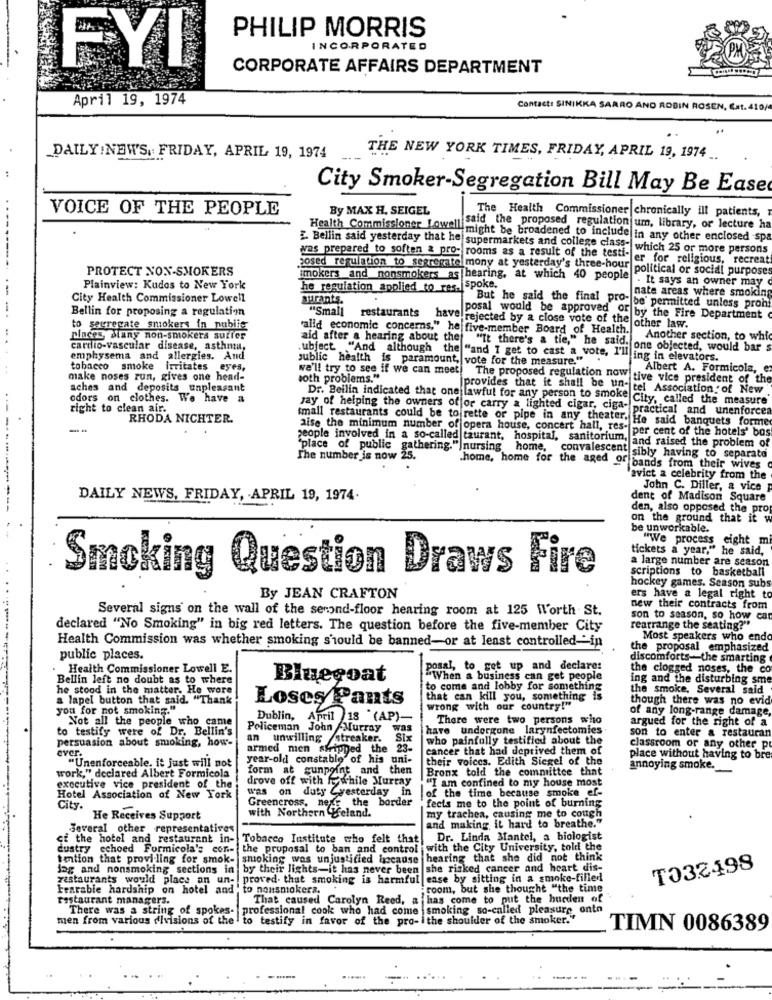
PHILIP MORRIS
INCORPORATED
FYI
CORPORATE AFFAIRS DEPARTMENT
April 19, 1974
Contact: SINIKKA SARRO AND ROBIN ROSEN, Ext. 410/
DAILY INEW'S, FRIDAY, APRIL 19, 1974
THE NEW YORK TIMES, FRIDAY, APRIL 19, 1974 ..
City Smoker-Segregation Bill May Be Ease
..
VOICE OF THE PEOPLE
By MAX H. SEIGEL
The Health Commissioner chronically ill patients,
Health Commissioner Lowe" said the proposed regulation um, library, or lecture ha
imight be broadened to include in any other enclosed spa
----
£. Bellin said yesterday that he supermarkets and college class-| which 25 or more persons
was prepared to soften & pro- rooms as a result of the testi- er for religious, recreat
PROTECT NON-SMOKERS
posed regulation to segregate mony at yesterday's three-hour
political or social purposes
imokers and nonsmokers as hearing, at which 40 people
. It says an owner may
-
Plainview: Kudos to New York
he regulation applied to_res. spoke.
nate areas where smoking
City Health Commissioner Lowell
aurants.
-
Bellin for proposing a regulati-m
"Small
But he said the final pro- be' permitted unless pron
restaurants have rejected by a close vote of thelo
posal would be approved OF by the Fire Department
to segregate smokers in nubiig
"alld economic concerns," he five-member Board of Health other law.
places Many non-smokers surfer
Another section, to whic
cardio-vascular disease, asthma,
aid after a hearing about the "It there's a tie," he said. one objected, would bar s
emphysema and allergies. And
public health is paramount, vote for the measure."
.ubject "And although the "and I get to cast a vote, I'll ing in elevators.
..
tobacco smoke irritates
eyes,
we'll try to see if we can meet!
Albert A. Formicola, e
make noses run, gives one head-
soth problems."
The proposed regulation now tive vice president of the
aches and deposits unpleasant
provides that it shall be un- tel Association of New
odors on clothes. We have a
Dr. Beilin indicated that one lawful for any person to smoke City, called the measure
right to clean air.
yay of helping the owners of or carry a lighted cigar, cisa- practical and unenforce
RHODA NICHTER.
small restaurants could be to rette or pipe in any theater. He said banquets forme
aise the minimum number of opera house, concert hall, res" per cent of the hotels' bos
"place of public gathering."]nursing
people involved in a so-called taurant, hospital, sanitorium, and raised the problem of
The number is now 25.
home, convalescent sibly having to separate
.home, home for the aged of bands from their wives
avict a celebrity from the
John C. Diller, a vice
DAILY NEWS, FRIDAY, APRIL 19, 1974.
dent of Madison Square
--------------
den, also opposed the pro
on the ground that it w
be unworkable.
"We process eight m
tickets a year," he said,
a large number are season
Smoking Question Draws Fire
scriptions to basketball
hockey games. Season subs
By JEAN CRAFTON
ers have a legal right to
Several signs on the wall of the second-floor hearing room at 125 Worth St.
new their contracts from
son to season, so how can
declared "No Smoking" in big red letters. The question before the five-member City
rearrange the seating?"
Health Commission was whether smoking s'would be banned-or at least controlled-in
Most speakers who end
the proposal emphasized
public places.
discomforts-the smarting
Health Commissioner Lowell E.
posal, to get up and declare:
the clogged noses, the co
Bellin left no doubt as to where
Bluecoat
"When a business can get people
ing and the disturbing sme
he stood in the matter. He wore
to come and lobby for something
the smoke, Several said
a lapel button that said. "Thank
Loses Pants
that can kill you, something is
though there was no evid
you for not smoking."
wrong with our country!"
of any long-range damage
Not all the people who came
Dublin, April 18 (AP)-
There were two persons who
argued for the right of a
to testify were of Dr. Bellin's
Policeman John /Murray
was
have undergone larynfectomies
son to enter a restauran
persuasion about smoking, how-
an unwilling /streaker.
Six
who painfully testified about the
armed men stripped the 23-
cancer that had deprived them of
classroom or any other p
ever.
year-old constablo of his uni-
their voices. Edith Siegel of the
place without having to bre
"Unenforceable, it just will not
form at gunpoint and then
Bronx told the committee that
annoying smoke.
work," declared Albert Formicola
drove off with fy while Murray
"I am confined to my house most
executive vice president of the
Was
on duty Cyesterday in
Hotel Association of New York
Greencross, nexe the border
of the time because smoke ef-
fects me to the point of burning
City.
with Northern Leland.
He Receives Support
and making it hard to breathe."
my trachea, causing me to cough
Several other representatives
ci the hotel and restaurant in- Tobacco Institute who felt that
Dr. Linda Mantel, a biologist
dustry echoed Formicola's cor- the proposal to ban and control
with the City University, told the
tention that provi-ling for smok- smoking was unjustified because
hearing that she did not think
jag and nonsmoking sections in by their lights-it has never been
she risked cancer and heart dis-
TO32498
restaurants would places an un- | proved that smoking is harmful
ease by sitting in a smoke-filled
Frarable hardship on hotel and , to nonsmokers,
room, but she thought "the time
restaurant managers.
That caused Carolyn Reed, a has come to put the burden of
There was a string of spokes-
professional cook who had come |smoking so-called pleasure ontn
men from various divisions of the to testify in favor of the pro-ithe shoulder of the smoker."
TIMN 0086389
......